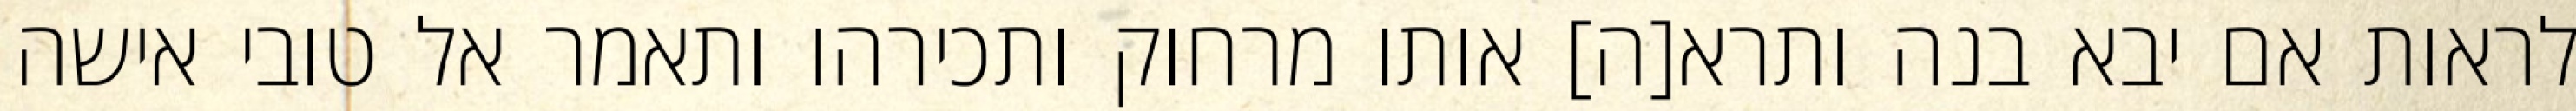
לראות אם יבא בנה ותרא[ה] אותו מרחוק ותכירהו ותאמר אל טובי אישה